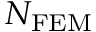
N _ { \mathrm { F E M } }